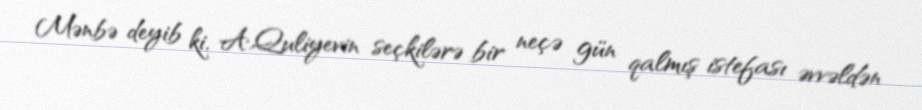
Mənbə deyib ki, A.Quliyevin seçkilərə bir neçə gün qalmış istefası əvvəldən